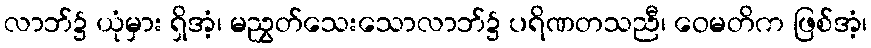
လာဘ်၌ ယုံမှား ရှိအံ့၊ မညွှတ်သေးသောလာဘ်၌ ပရိဏတသညီ၊ ဝေမတိက ဖြစ်အံ့၊